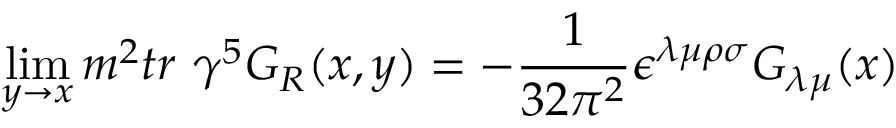
\operatorname * { l i m } _ { y \rightarrow x } m ^ { 2 } t r \ \gamma ^ { 5 } G _ { R } ( x , y ) = - \frac { 1 } { 3 2 \pi ^ { 2 } } \epsilon ^ { \lambda \mu \rho \sigma } G _ { \lambda \mu } ( x )